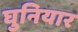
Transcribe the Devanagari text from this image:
घुनियार